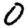
Digit: 0